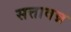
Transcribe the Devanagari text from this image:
सत्तावन्न